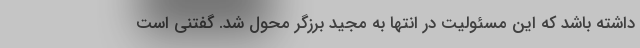
داشته باشد که این مسئولیت در انتها به مجید برزگر محول شد. گفتنی است